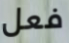
فعل